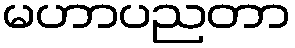
မဟာပညတာ